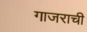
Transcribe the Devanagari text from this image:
गाजराची